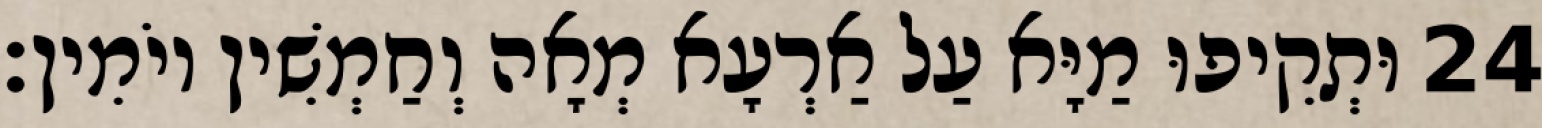
24 וּתְקִיפוּ מַיָּא עַל אַרְעָא מְאָה וְחַמְשִׁין יוֹמִין׃